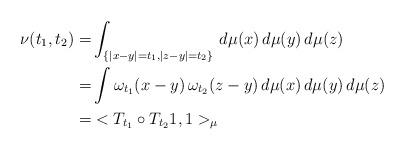
LaTeX: \begin{align*}\begin{aligned}\nu(t_1,t_2)=&\int_{\{|x-y|=t_1, |z-y|=t_2\}}\,d\mu(x)\,d\mu(y)\,d\mu(z) \\=&\int\omega_{t_1}(x-y)\,\omega_{t_2}(z-y)\,d\mu(x)\,d\mu(y)\,d\mu(z) \\= &<T_{t_1}\circ T_{t_2} 1,1 >_\mu\end{aligned}\end{align*}